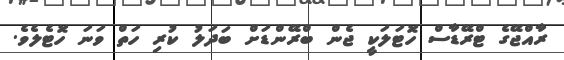
ރާއްޖޭގެ ޓްރޭޑާސް ހޮޓަލަކީ ޖެން ބްރޭންޑަށް ބަދަލު ކުރި ހަތް ވަނަ ހޮޓެލެވެ.